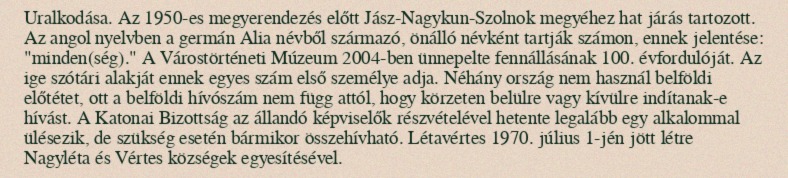
Uralkodása. Az 1950-es megyerendezés előtt Jász-Nagykun-Szolnok megyéhez hat járás tartozott. Az angol nyelvben a germán Alia névből származó, önálló névként tartják számon, ennek jelentése: "minden(ség)." A Várostörténeti Múzeum 2004-ben ünnepelte fennállásának 100. évfordulóját. Az ige szótári alakját ennek egyes szám első személye adja. Néhány ország nem használ belföldi előtétet, ott a belföldi hívószám nem függ attól, hogy körzeten belülre vagy kívülre indítanak-e hívást. A Katonai Bizottság az állandó képviselők részvételével hetente legalább egy alkalommal ülésezik, de szükség esetén bármikor összehívható. Létavértes 1970. július 1-jén jött létre Nagyléta és Vértes községek egyesítésével.